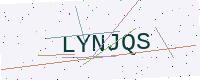
Text: LYNJQS